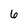
Character: 6